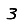
Digit: 3